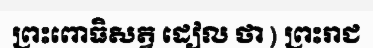
ព្រះពោធិសត្វ ដៀល ថា ) ព្រះរាជ